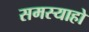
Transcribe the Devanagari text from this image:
समस्याहो